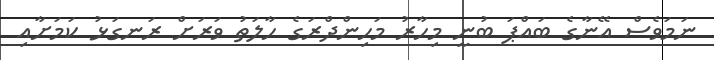
ނަމަވެސް އޭނާގެ ބައްޕަ ބުނީ މިހާރު މަހިންދްރަގެ ހާލަތު ވަރަށް ރަނގަޅު ކަމަށާއި